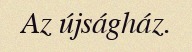
Az újságház.